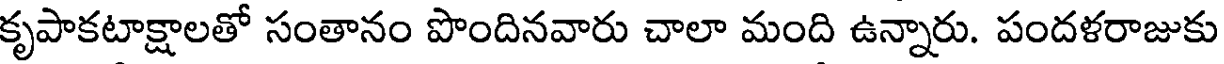
కృపాకటాక్షాలతో సంతానం పొందినవారు చాలా మంది ఉన్నారు. పందళరాజుకు